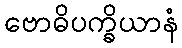
ဗောဓိပက္ခိယာနံ